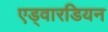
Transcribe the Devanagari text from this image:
एड्वारडियन